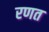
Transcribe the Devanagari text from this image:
रणत